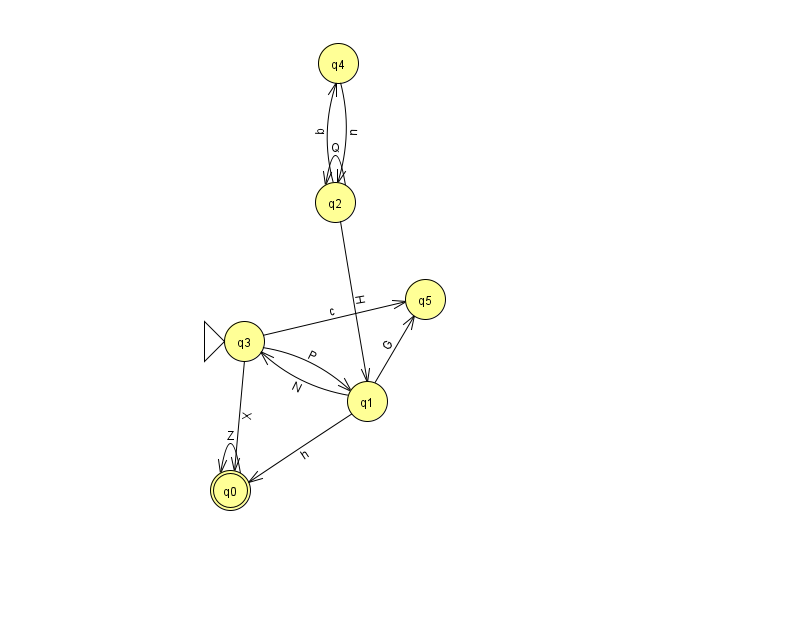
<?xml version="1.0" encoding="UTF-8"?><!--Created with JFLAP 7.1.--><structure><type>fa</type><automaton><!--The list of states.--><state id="0" name="q0"><x>230.0</x><y>477.0</y><final/></state><state id="1" name="q1"><x>367.0</x><y>388.0</y></state><state id="2" name="q2"><x>335.0</x><y>189.0</y></state><state id="3" name="q3"><x>244.0</x><y>328.0</y><initial/></state><state id="4" name="q4"><x>338.0</x><y>50.0</y></state><state id="5" name="q5"><x>425.0</x><y>286.0</y></state><!--The list of transitions.--><transition><from>2</from><to>2</to><read>Q</read></transition><transition><from>3</from><to>1</to><read>P</read></transition><transition><from>4</from><to>2</to><read>n</read></transition><transition><from>1</from><to>5</to><read>G</read></transition><transition><from>0</from><to>0</to><read>Z</read></transition><transition><from>2</from><to>4</to><read>b</read></transition><transition><from>1</from><to>3</to><read>N</read></transition><transition><from>3</from><to>0</to><read>X</read></transition><transition><from>2</from><to>1</to><read>H</read></transition><transition><from>3</from><to>5</to><read>c</read></transition><transition><from>1</from><to>0</to><read>h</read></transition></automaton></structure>